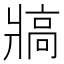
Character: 𰠖